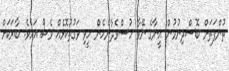
ތުންފަތަށް ބޮސްދިނުމުން އީނާގެ ނޭވާ ހުސްވެދާނެހެން ހީވި ވަގުތުކޮޅެއް ވެސް އައެވެ. ބާރަކަށް